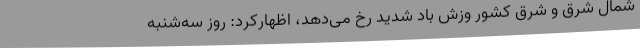
شمال شرق و شرق کشور وزش باد شدید رخ می‌دهد، اظهارکرد: روز سه‌شنبه